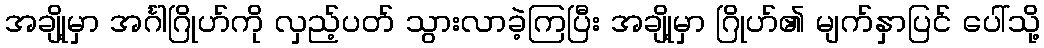
အချို့မှာ အင်္ဂါဂြိုဟ်ကို လှည့်ပတ် သွားလာခဲ့ကြပြီး အချို့မှာ ဂြိုဟ်၏ မျက်နှာပြင် ပေါ်သို့